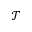
\mathcal { T }